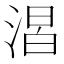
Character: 𣹈